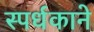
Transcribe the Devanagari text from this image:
स्पर्धकाने